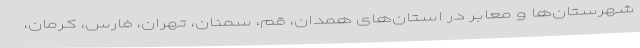
شهرستان‌ها و معابر در استان‌های همدان، قم، سمنان، تهران، فارس، کرمان،